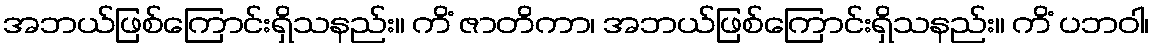
အဘယ်ဖြစ်ကြောင်းရှိသနည်း။ ကိံ ဇာတိကာ၊ အဘယ်ဖြစ်ကြောင်းရှိသနည်း။ ကိံ ပဘဝါ၊